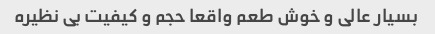
بسیار عالی و خوش طعم واقعا حجم و کیفیت بی نظیره